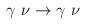
LaTeX: \begin{align*}\gamma \, \, \nu \rightarrow \gamma \, \, \nu \, \,\end{align*}